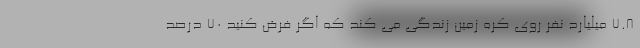
۷.۸ میلیارد نفر روی کره زمین زندگی می کند که اگر فرض کنید ۷۰ درصد